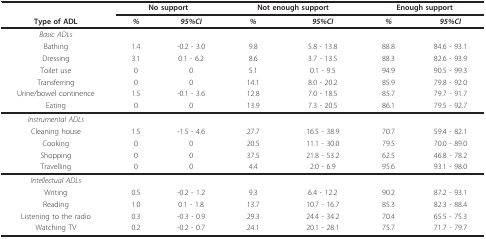
<table><thead><tr><td></td><td colspan="2"><b>No support</b></td><td colspan="2"><b>Not enough support</b></td><td colspan="2"><b>Enough support</b></td></tr><tr><td><b>Type of ADL</b></td><td><b><i>%</i></b></td><td><b><i>95%CI</i></b></td><td><b><i>%</i></b></td><td><b><i>95%CI</i></b></td><td><b><i>%</i></b></td><td><b><i>95%CI</i></b></td></tr></thead><tbody><tr><td><i>Basic ADLs</i></td><td></td><td></td><td></td><td></td><td></td><td></td></tr><tr><td>Bathing</td><td>1.4</td><td>-0.2 - 3.0</td><td>9.8</td><td>5.8 - 13.8</td><td>88.8</td><td>84.6 - 93.1</td></tr><tr><td>Dressing</td><td>3.1</td><td>0.1 - 6.2</td><td>8.6</td><td>3.7 - 13.5</td><td>88.3</td><td>82.6 - 93.9</td></tr><tr><td>Toilet use</td><td>0</td><td>0</td><td>5.1</td><td>0.1 - 9.5</td><td>94.9</td><td>90.5 - 99.3</td></tr><tr><td>Transferring</td><td>0</td><td>0</td><td>14.1</td><td>8.0 - 20.2</td><td>85.9</td><td>79.8 - 92.0</td></tr><tr><td>Urine/bowel continence</td><td>1.5</td><td>-0.1 - 3.6</td><td>12.8</td><td>7.0 - 18.5</td><td>85.7</td><td>79.7 - 91.7</td></tr><tr><td>Eating</td><td>0</td><td>0</td><td>13.9</td><td>7.3 - 20.5</td><td>86.1</td><td>79.5 - 92.7</td></tr><tr><td><i>Instrumental ADLs</i></td><td></td><td></td><td></td><td></td><td></td><td></td></tr><tr><td>Cleaning house</td><td>1.5</td><td>-1.5 - 4.6</td><td>27.7</td><td>16.5 - 38.9</td><td>70.7</td><td>59.4 - 82.1</td></tr><tr><td>Cooking</td><td>0</td><td>0</td><td>20.5</td><td>11.1 - 30.0</td><td>79.5</td><td>70.0 - 89.0</td></tr><tr><td>Shopping</td><td>0</td><td>0</td><td>37.5</td><td>21.8 - 53.2</td><td>62.5</td><td>46.8 - 78.2</td></tr><tr><td>Travelling</td><td>0</td><td>0</td><td>4.4</td><td>2.0 - 6.9</td><td>95.6</td><td>93.1 - 98.0</td></tr><tr><td><i>Intellectual ADLs</i></td><td></td><td></td><td></td><td></td><td></td><td></td></tr><tr><td>Writing</td><td>0.5</td><td>-0.2 - 1.2</td><td>9.3</td><td>6.4 - 12.2</td><td>90.2</td><td>87.2 - 93.1</td></tr><tr><td>Reading</td><td>1.0</td><td>0.1 - 1.8</td><td>13.7</td><td>10.7 - 16.7</td><td>85.3</td><td>82.3 - 88.4</td></tr><tr><td>Listening to the radio</td><td>0.3</td><td>-0.3 - 0.9</td><td>29.3</td><td>24.4 - 34.2</td><td>70.4</td><td>65.5 - 75.3</td></tr><tr><td>Watching TV</td><td>0.2</td><td>-0.2 - 0.7</td><td>24.1</td><td>20.1 - 28.1</td><td>75.7</td><td>71.7 - 79.7</td></tr></tbody></table>